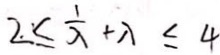
2 \leq \frac { 1 } { \lambda } + \lambda \leq 4